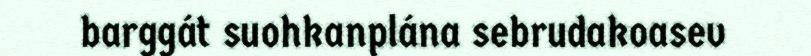
barggát suohkanplána sebrudakoasev